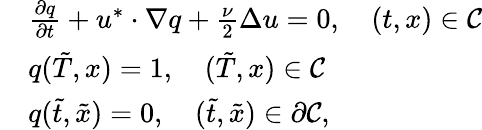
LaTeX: \begin{array}{rl}&{\frac{\partial q}{\partial t}+u^{*}\cdot\nabla q+\frac{\nu}{2}\Delta u=0,\quad(t,x)\in{\cal C}}\\ &{q(\tilde{T},x)=1,\quad(\tilde{T},x)\in{\cal C}}\\ &{q(\tilde{t},\tilde{x})=0,\quad(\tilde{t},\tilde{x})\in\partial{\cal C},}\end{array}